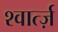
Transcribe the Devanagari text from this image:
श्वार्त्ज़